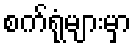
စက်ရုံများမှာ